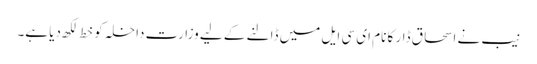
نیب نے اسحاق ڈار کا نام ای سی ایل میں ڈالنے کے لیے وزارت داخلہ کو خط لکھ دیا ہے۔